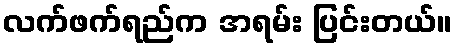
လက်ဖက်ရည်က အရမ်း ပြင်းတယ်။